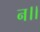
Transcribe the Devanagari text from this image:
न।।